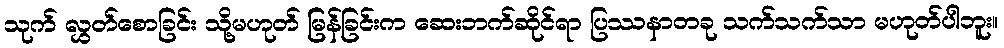
သုက် လွှတ်စောခြင်း သို့မဟုတ် မြန်ခြင်းက ဆေးဘက်ဆိုင်ရာ ပြဿနာတခု သက်သက်သာ မဟုတ်ပါဘူး။